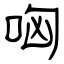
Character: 哅